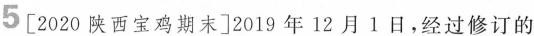
5 [2020陕西宝鸡期末]2019 年12月1 日，经过修订的